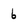
Character: 6